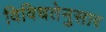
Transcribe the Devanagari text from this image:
विविधतेनुसार